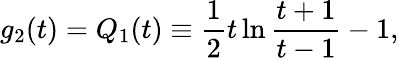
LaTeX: g_{2}(t)=Q_{1}(t)\equiv{\frac{1}{2}}t\ln{\frac{t+1}{t-1}}-1,